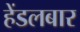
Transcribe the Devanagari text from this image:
हेंडलबार